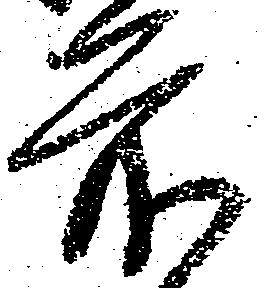
前